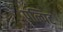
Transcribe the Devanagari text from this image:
पल्पिट